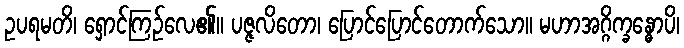
ဥပရမတိ၊ ရှောင်ကြဉ်လေ၏။ ပဇ္ဇလိတော၊ ပြောင်ပြောင်တောက်သော။ မဟာအဂ္ဂိက္ခန္ဓောပိ၊